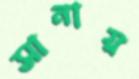
সানায়